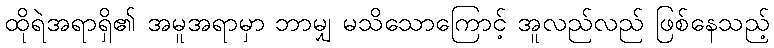
ထိုရဲအရာရှိ၏ အမူအရာမှာ ဘာမျှ မသိသောကြောင့် အူလည်လည် ဖြစ်နေသည့်